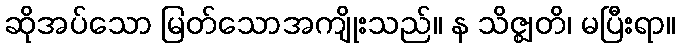
ဆိုအပ်သော မြတ်သောအကျိုးသည်။ န သိဇ္ဈတိ၊ မပြီးရာ။